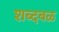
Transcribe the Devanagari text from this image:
शब्दबळ